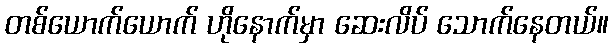
တစ်ယောက်ယောက် ဟိုနောက်မှာ ဆေးလိပ် သောက်နေတယ်။